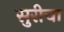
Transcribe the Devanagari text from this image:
सुरीचा